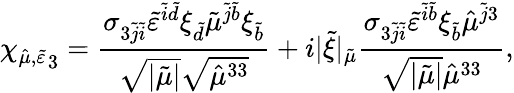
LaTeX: {\chi_{\hat{\mu},\tilde{\varepsilon}}}_{3}=\frac{\sigma_{3\tilde{j}\tilde{i}}\tilde{\varepsilon}^{\tilde{i}\tilde{d}}\xi_{\tilde{d}}\tilde{\mu}^{\tilde{j}\tilde{b}}\xi_{\tilde{b}}}{\sqrt{\lvert\tilde{\mu}\rvert}\sqrt{\hat{\mu}^{33}}}+i\lvert\tilde{\xi}\rvert_{\tilde{\mu}}\frac{\sigma_{3\tilde{j}\tilde{i}}\tilde{\varepsilon}^{\tilde{i}\tilde{b}}\xi_{\tilde{b}}\hat{\mu}^{\tilde{j}3}}{\sqrt{\lvert\tilde{\mu}\rvert}\hat{\mu}^{33}},